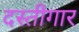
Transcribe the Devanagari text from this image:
दस्तीगार